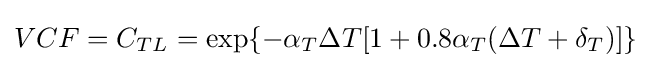
VCF=C_{TL}=\exp\{-\alpha _{T}\Delta T[1+0.8\alpha _{T}(\Delta T+\delta _{T})]\}